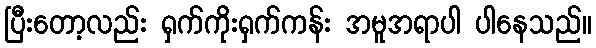
ပြီးတော့လည်း ရှက်ကိုးရှက်ကန်း အမူအရာပါ ပါနေသည်။